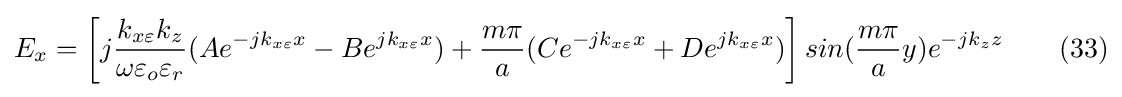
E_{x}=\left[j{\frac {k_{x\varepsilon }k_{z}}{\omega \varepsilon _{o}\varepsilon _{r}}}(Ae^{-jk_{x\varepsilon }x}-Be^{jk_{x\varepsilon }x})+{\frac {m\pi }{a}}(Ce^{-jk_{x\varepsilon }x}+De^{jk_{x\varepsilon }x})\right]sin({\frac {m\pi }{a}}y)e^{-jk_{z}z}\ \ \ \ \ \ (33)